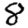
Digit: 8